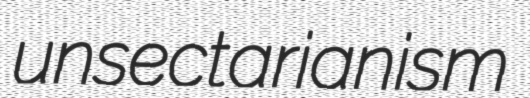
unsectarianism